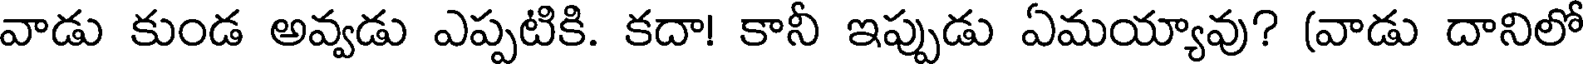
వాడు కుండ అవ్వడు ఎప్పటికి. కదా! కానీ ఇప్పుడు ఏమయ్యావు? (వాడు దానిలో